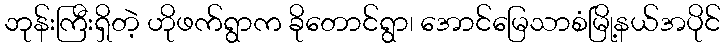
ဘုန်းကြီးရှိတဲ့ ဟိုဖက်ရွာက ခိုတောင်ရွာ၊ အောင်မြေသာစံမြို့နယ်အပိုင်